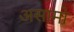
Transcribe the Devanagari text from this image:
असामो